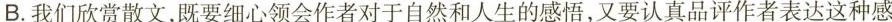
B.我们欣赏散文，既要细心领会作者对于自然和人生的感悟，又要认真品评作者表达这种感